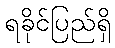
ရခိုင်ပြည်ရှိ